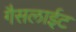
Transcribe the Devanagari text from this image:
गैसलाईट